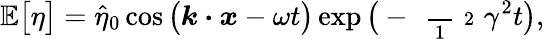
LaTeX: \mathbb{E}\big[\eta\big]=\widehat{\eta}_{0}\cos\big(\boldsymbol{k}\boldsymbol{\cdot}\boldsymbol{x}-\omega t\big)\exp\big(-\mathrm{~\scriptsize~\frac~{~1~}~{~2~}~}\gamma^{2}t\big),